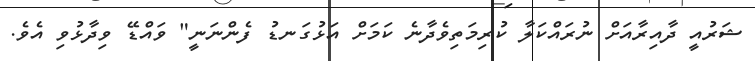
ޝަރުއީ ދާއިރާއަށް ނުރައްކަލާ ކުރިމަތިވެދާނެ ކަމަށް އަޅުގަނޑު ފެންނަނީ" ވައްޑޭ ވިދާޅުވި އެވެ.